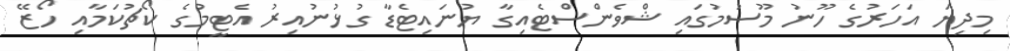
މިދިޔަ އަހަރުގެ ހޫނު މޫސުމުގައި ޝްވެންސްޓެއިގާ ޔުނައިޓެޑާ ގުޅުނުއިރު އެޓީމުގެ ކޯޗުކަމާއި ހޯޒޭ